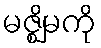
မဇ္ဈိမကို